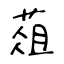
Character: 葅